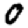
Digit: 0